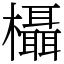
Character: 欇